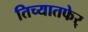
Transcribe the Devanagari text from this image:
तिच्यातफेर्